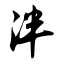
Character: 泮